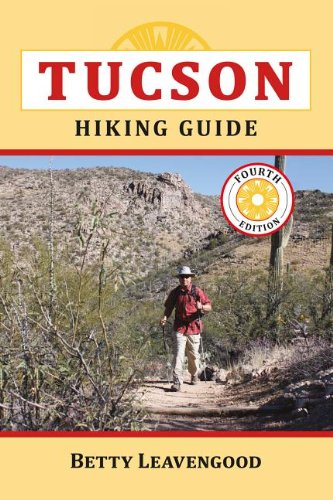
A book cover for Tucson Hiking Guide (The Pruett Series); Betty Leavengood; Travel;